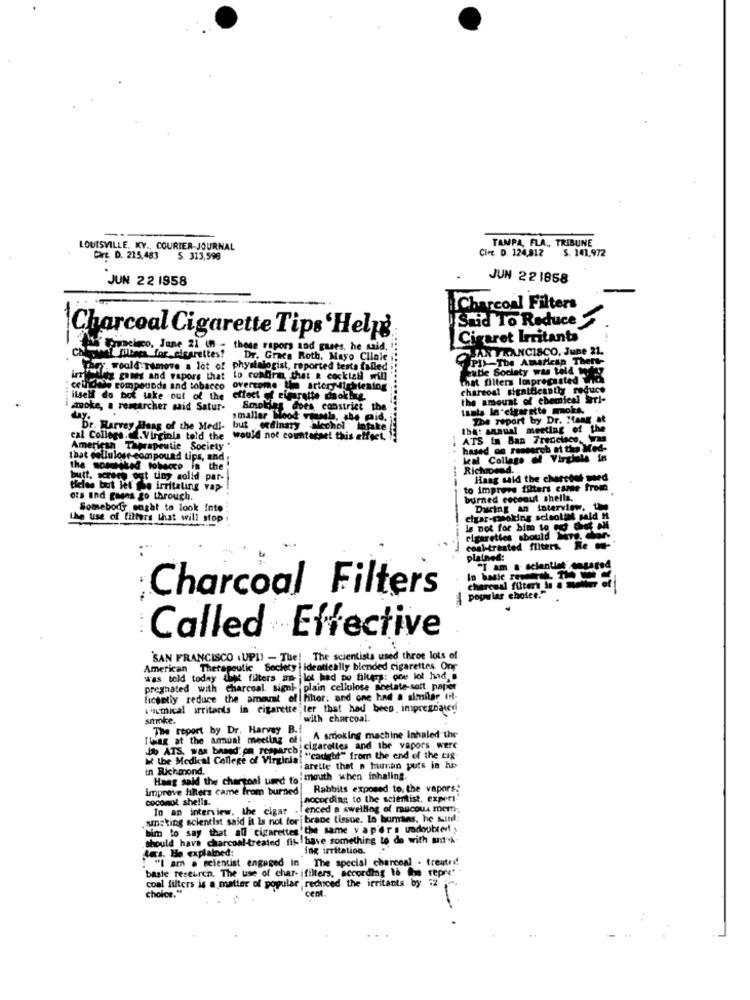
--
TAMPA, FLA, TRIBUNE
LOUISVILLE, KY ., COURIER-JOURNAL
Cire. D. 124,812 5. 141,972
CHE. D. 215,483
S. 313,598
JUN 22 1958
JUN 221858
Charcoal Filters
Said To Reduce
Charcoal Cigarette Tips Help'
Cigaret Irritants
Comcisco, June 21 1 ;
these report and gases, he said.
JAN FRANCISCO, June 21.
i fillings for cigarettes? Dr. Grace Roth, Mayo Clinic
PlyThe American There-
Tary, woold remove a lot of physiologist, reported tests falledi
Roz games and vapors that
Lo condiria that a cocktail will
Futle Society was told of
that filters lospregasted with
celhow's compounds and tobacco overcome Ile arternichtening
charcoal significantly reduce
itself do bot take out of the
oct of cigarette daokite
the amount of chemical Sarl-
i anoke, a researcher said Satur-
Smoldes doen constrict the
tanta la cigarette molte.
smaller Mood viassh, the mid.
The report by Dr. Hans et
Dr. Harvey Hang of the Medi- but ordinary alechol Intake
Anual meeting of the
cal College .. . Virginia told the would not counterset this effect, 1
ATS In Ban Francisco, Vas
American Therapeutic Society
hased og research ei tha Med-
that cellulose compound tips, and
leal Collage @ Virgiale in
the somiked tobacco in
the
butt. xczech ogt ting solid pa
Haag said the charttet wird
teles but let me irritating vap-
to improve filters came from
ors und gaans go through.
burned coconut shella.
Somebody ought to look into :
During an interview, the
the use of filters that will stop
cigar-poking sciaolink said H
is not for him to co chef all
cigarettes should More. dar-
coal-treated fliters. Re -
platned:
"I am a scientist" engaged
Charcoal Filters
charcoal filter in a ort
popular e
Called Effective
'SAN FRANCISCO .UPI) - The! The scientists used throe lots of
American Therapeutic Society i identically blended cigarettes Onr
was told today that filters inn flot had po filters: one lot had a
preghated with charcoal. signi- plain cellulose moetate-soft papier
ficently reduce the amount of Hher, and one had a similar fit-
waumical irritants in cigarette ter that had been. impregnated
simke.
with charcoal.
The report by Dr. Harvey B .!
IWag at the annual meeting e
A smoking machine inhaled the
o ATS, was based' on resparch;
cigarettes and the vapors were
M the Medkal College of Virginia!
"caught" from the end of the tig-
in Richmond.
arette thet n human puts in his
Hang said the chantoal used to mouth when inhaling.
'mouth when inhaling.
improve filters came from burned
Rabbits exposed to. the vapors."
coconot shells.
hocording to the scientist, experi-
In an interview. the cigar
enced a swelling of raucous mem;
smoking scientist said it Is not for brane tissue. In humans, he sun!
bim to say that all cigarettes" the same v ap'era undoubtedly
should have charcoal-treated fit have something to do with ami-
tes. He explained:
ing irritation.
"I am a scientist engaged in
The special _charcoal - treated!
baste research. The use of char- ifilters, according to the repre" .
coal filters is a matter of popular reduced the irritants by 72 .
cent.
choice."